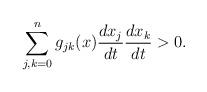
LaTeX: \begin{align*}\sum_{j,k=0}^n g_{jk}(x)\frac{dx_j}{dt}\frac{dx_k}{dt}>0.\end{align*}